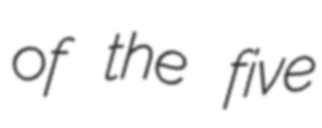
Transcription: of the five